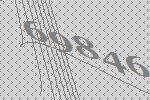
69846